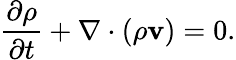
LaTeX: {\frac{\partial\rho}{\partial t}}+\nabla\cdot\left(\rho\mathbf{v}\right)=0.